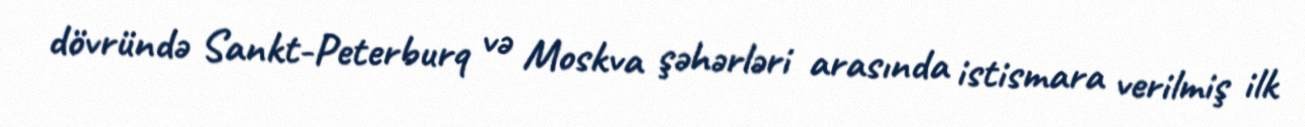
dövründə Sankt-Peterburq və Moskva şəhərləri arasında istismara verilmiş ilk